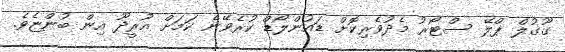
ގޫގުލް ޕްލޭ ސްޓޯރު މެދުވެރިކޮށް ޑައުންލޯޑް ކުރެވޭނެ ކަމަށް އުރީދޫ އިން ބުންޏެވެ.